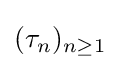
(\tau _{n})_{n\geq 1}